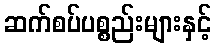
ဆက်စပ်ပစ္စည်းများနှင့်